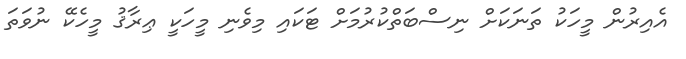
އެއިރުން މީހަކު ތަނަކަށް ނިސްބަތްކުރުމަށް ޓަކައި މިވެނި މީހަކީ ޢިރާޤު މީހެކޭ ނުވަތަ